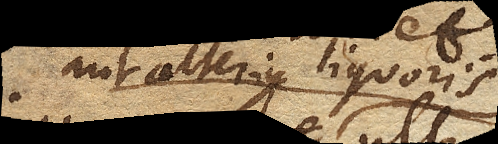
aut alterius liquoris